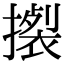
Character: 𢴴